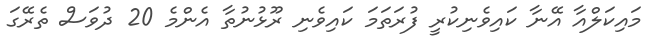
މައިކަލްއާ އޭނާ ކައިވެނިކުރީ ފުރަތަމަ ކައިވެނި ރޫޅުނުތާ އެންމެ 20 ދުވަސް ތެރޭގަ